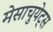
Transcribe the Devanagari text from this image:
मेसाचुयेट्स